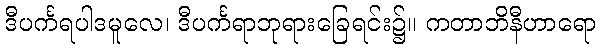
ဒီပင်္ကရပါဒမူလေ၊ ဒီပင်္ကရာဘုရားခြေရင်း၌။ ကတာဘိနီဟာရော